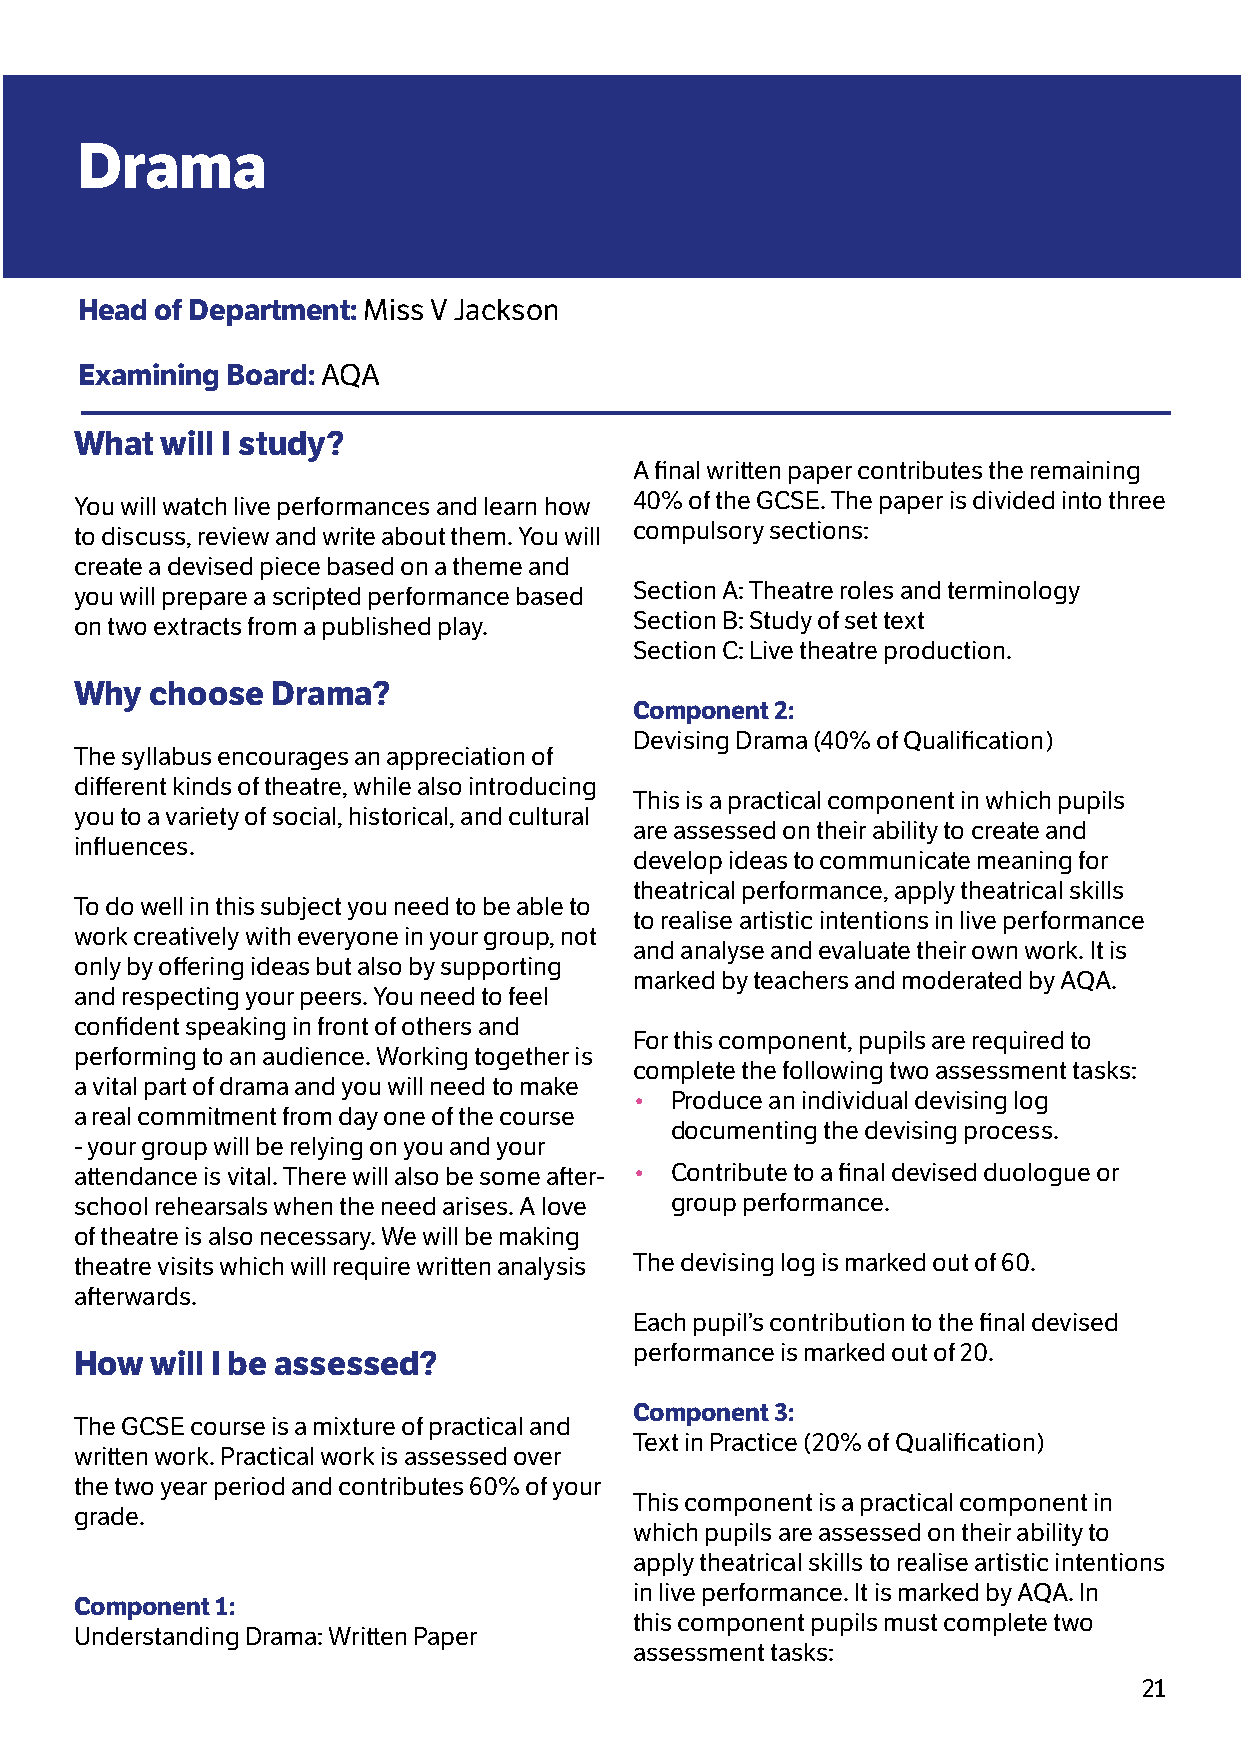
Drama
 Head of Department: Miss V Jackson
 Examining Board: AQA
 What  will I study?
 A final written paper contributes the remaining
 You will watch live performances and learn how 40% of the GCSE. The paper is divided into three
 to discuss, review and write about them. You will compulsory sections:
 create a devised piece based on a theme and
 you will prepare a scripted performance based Section A: Theatre roles and terminology
 on two extracts from a published play. Section B: Study of set text
 Section C: Live theatre production.
 Why  choose  Drama?
 Component 2:
 Devising Drama (40% of Qualification)
 The syllabus encourages an appreciation of
 different kinds of theatre, while also introducing
 This is a practical component in which pupils
 you to a variety of social, historical, and cultural
 are assessed on their ability to create and
 influences.
 develop ideas to communicate meaning for
 theatrical performance, apply theatrical skills
 To do well in this subject you need to be able to
 to realise artistic intentions in live performance
 work creatively with everyone in your group, not
 and analyse and evaluate their own work. It is
 only by offering ideas but also by supporting
 marked by teachers and moderated by AQA.
 and respecting your peers. You need to feel
 confident speaking in front of others and
 For this component, pupils are required to
 performing to an audience. Working together is
 complete the following two assessment tasks:
 a vital part of drama and you will need to make
 • Produce an individual devising log
 a real commitment from day one of the course
 documenting the devising process.
 - your group will be relying on you and your
 attendance is vital. There will also be some after- • Contribute to a final devised duologue or
 school rehearsals when the need arises. A love group performance.
 of theatre is also necessary. We will be making
 theatre visits which will require written analysis The devising log is marked out of 60.
 afterwards.
 Each pupil’s contribution to the final devised
 performance is marked out of 20.
 How  will I be assessed?
 Component 3:
 The GCSE course is a mixture of practical and
 Text in Practice (20% of Qualification)
 written work. Practical work is assessed over
 the two year period and contributes 60% of your
 This component is a practical component in
 grade.
 which pupils are assessed on their ability to
 apply theatrical skills to realise artistic intentions
 in live performance. It is marked by AQA. In
 Component 1:
 this component pupils must complete two
 Understanding Drama: Written Paper
 assessment tasks:
 21